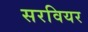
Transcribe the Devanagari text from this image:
सरवियर